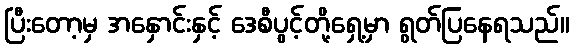
ပြီးတော့မှ အနှောင်းနှင့် ဒေစီပွင့်တို့ရှေ့မှာ ရွတ်ပြနေရသည်။